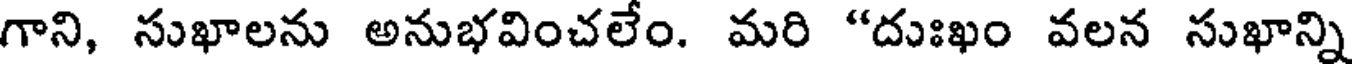
గాని, సుఖాలను అనుభవించలేం. మరి "దుఃఖం వలన సుఖాన్ని